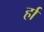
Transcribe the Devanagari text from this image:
र्हा